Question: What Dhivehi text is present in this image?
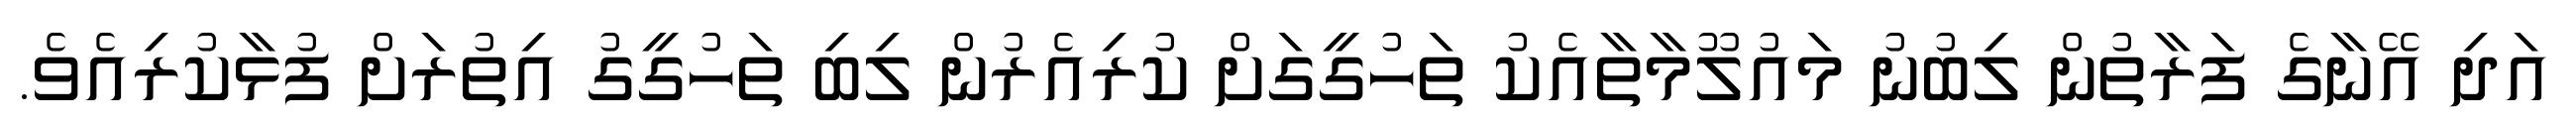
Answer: އަދި އޭނާގެ ފަރާތުން ލިބުނު މައުލޫމާތާއެކު ތަހުގީގަށް ކުރިއެރުން ލިބި ތަހުގީގު އިތުރަށް ފުޅާކުރިއެވެ.